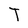
Character: T